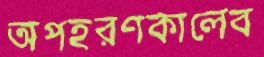
অপহরণকালেব